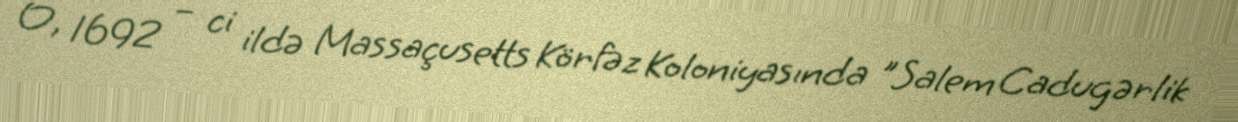
O, 1692 – ci ildə Massaçusetts Körfəz Koloniyasında "Salem Cadugərlik